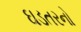
ઘડતરનો